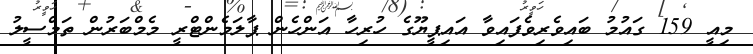
މިއީ 159 ގައުމު ބައިވެރިވެފައިވާ އައިޕީޔޫގެ ހުރިހާ އަންހެން ޕާލަމެންޓްރީ މެމްބަރުން ތަމްސީލު